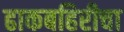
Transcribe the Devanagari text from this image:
ढाकबहिरीचा